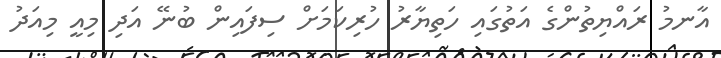
އާނމު ރައްޔިތުންގެ އަތުގައި ހަތިޔާރު ހުރިކަމަށް ސިފައިން ބުނޭ އަދި މިއީ މިއަދު